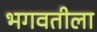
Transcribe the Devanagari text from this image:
भगवतीला